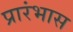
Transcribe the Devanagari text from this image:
प्रारंभास